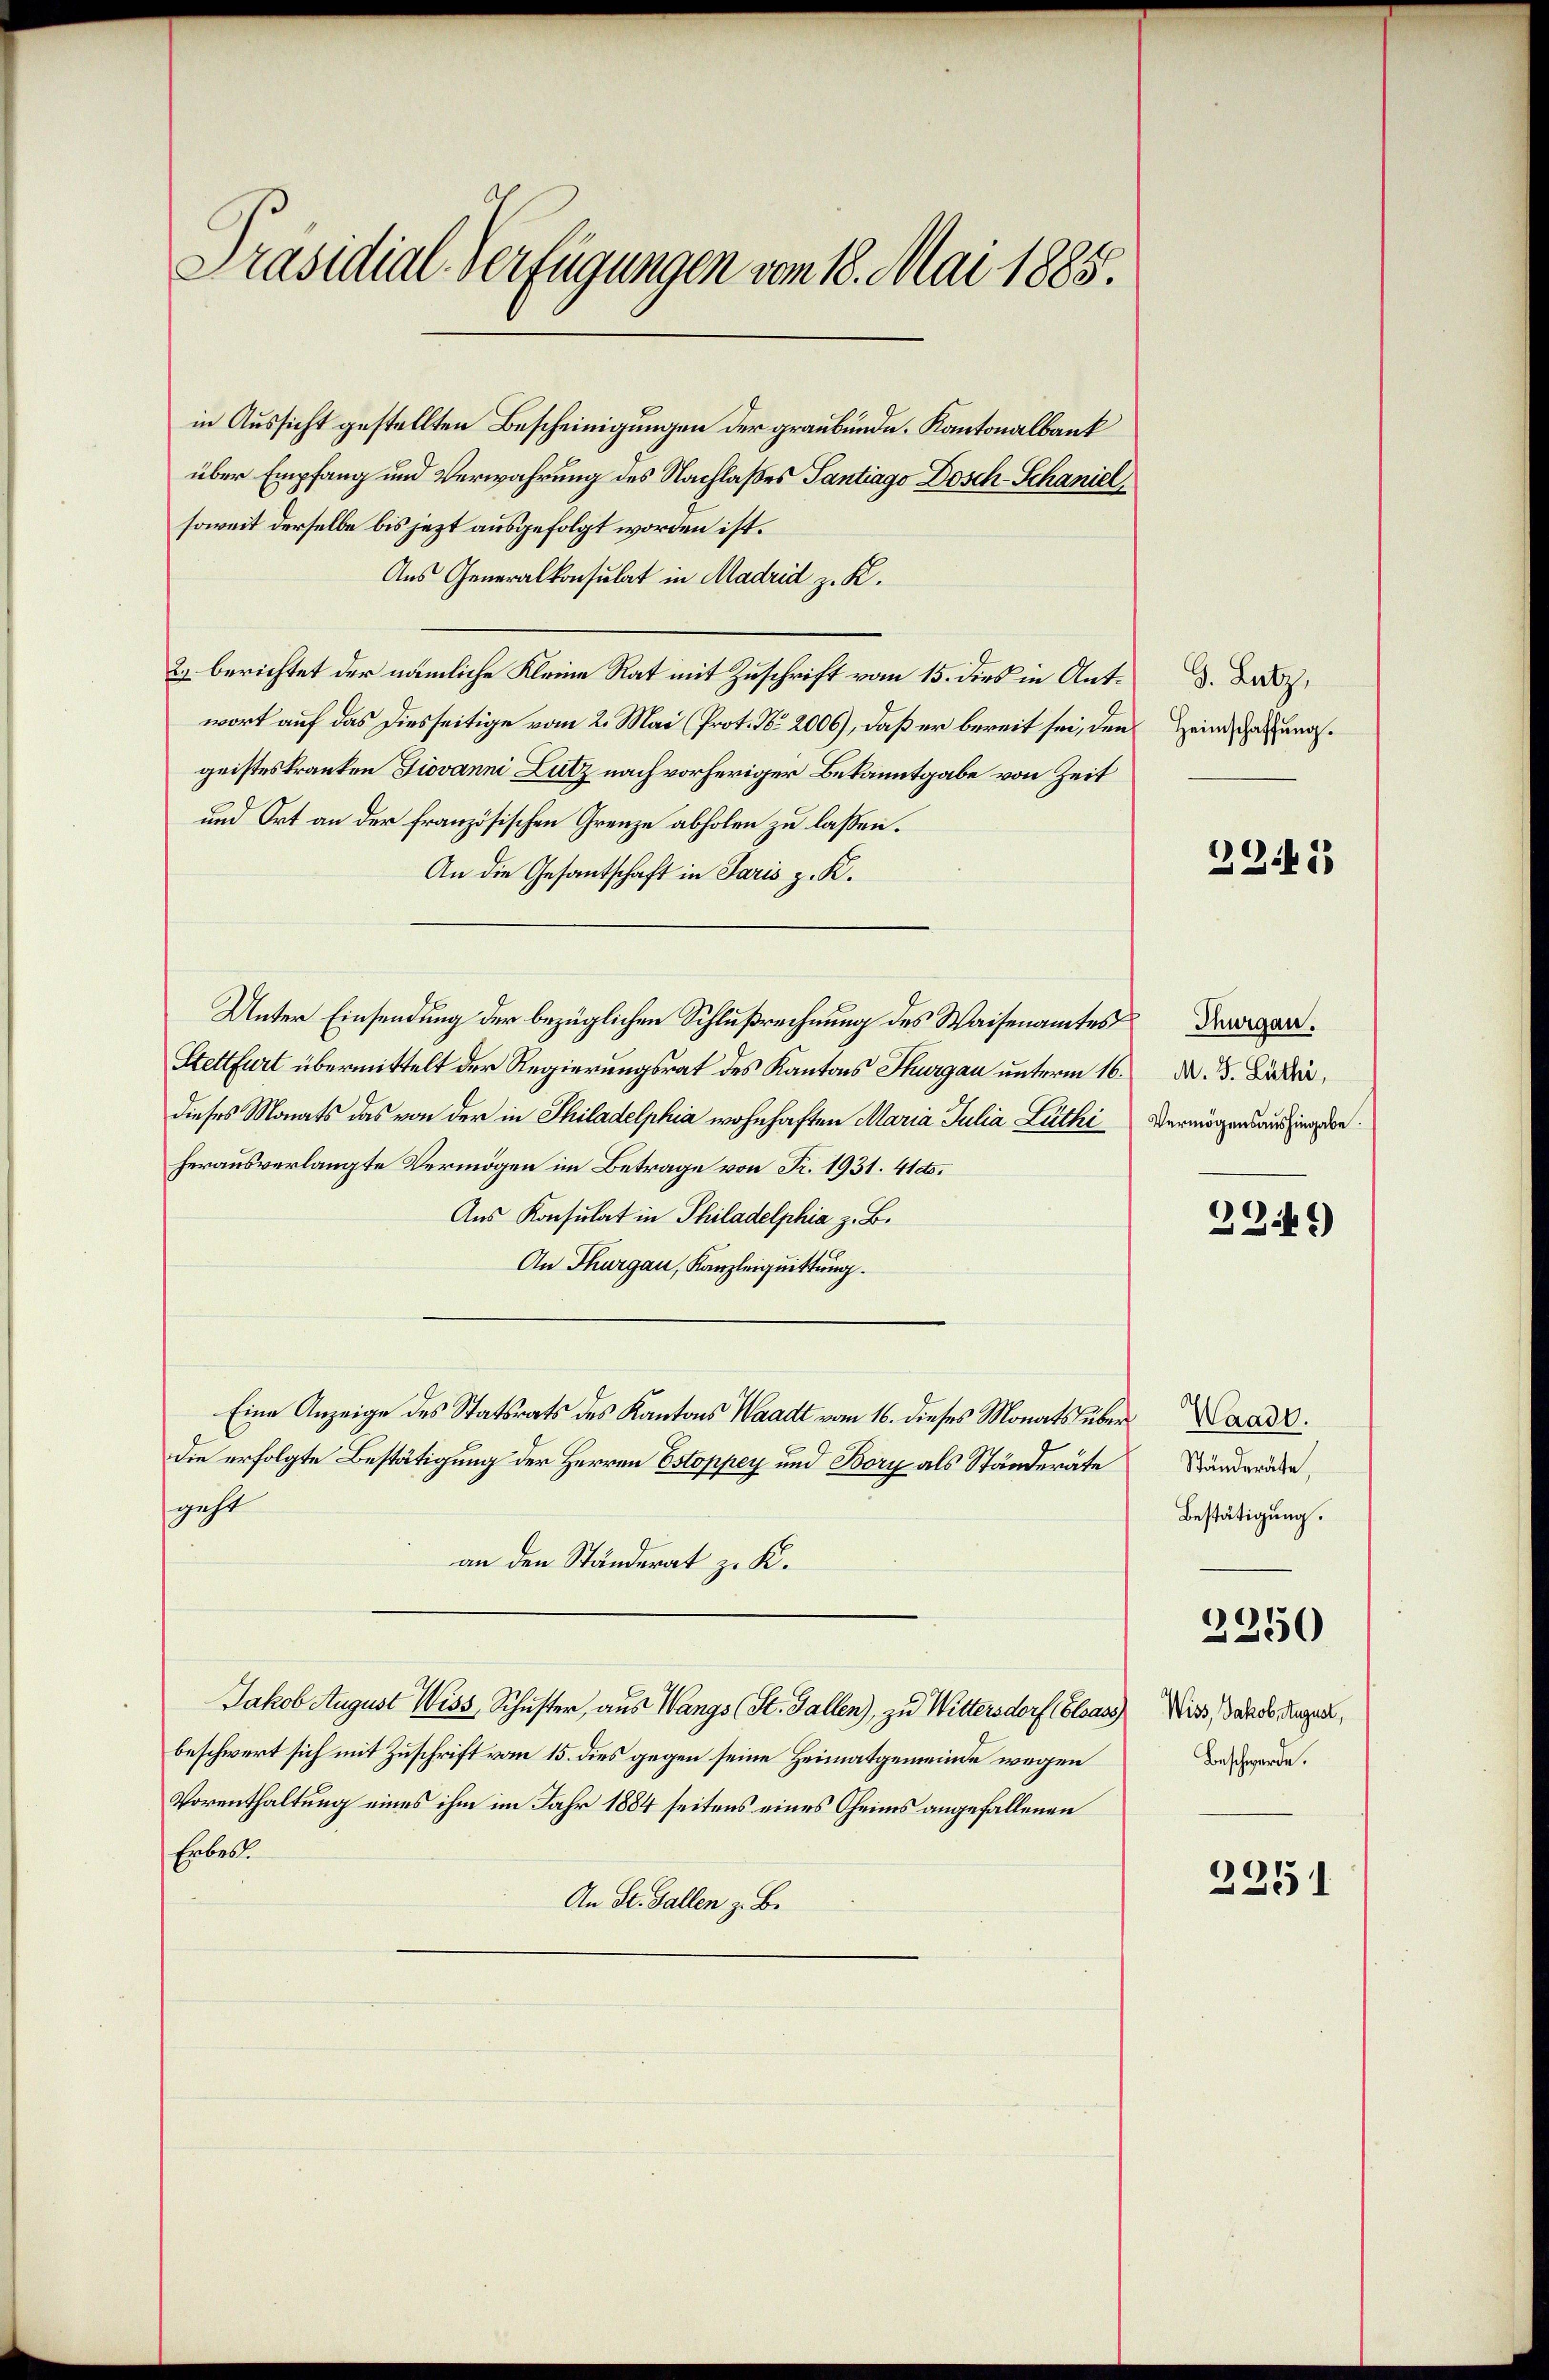
Präsidial-Verfügungen vom 18. Mai 1885.

in Aussicht gestellten Bescheinigungen der graubünde. Kantonalbank
über Empfang und Verwahrung des Nachlaßes Tantiago Dosch-Schaniel
soweit derselbe bis jezt ausgefolgt worden ist.
Aus Generalkonsulat in Madrid z. K.
2) berichtet der nämliche Kleine Rat mit Zuschrift vom 15. dies in Antwort auf das Diesseitige vom 2. Mai (Prot. No. 2006), daß er bereit sei, den
geisteskranken Giovanni Lutz nach vorheriger Bekanntgabe von Zeit
und Ort an der französischen Grenze abholen zu laßen.
An die Gesantschaft in Paris z. K.
Unter Einsendung der bezüglichen Schlußrechnung des Waisenamtes
Stettfurt übermittelt der Regierungsrat des Kantons Thurgau unterm 16.
dieses Monats das von der in Philadelphia wohnhaften Maria Julia Lüthi
herausverlangte Vermögen im Betrage von Fr. 1931. 41 dto.
Aus Konsulat in Philadelphia z. B.
An Thurgau, Kanzleiquittung.
Eine Anzeige des Statsrats des Kantons Waadt vom 16. dieses Monats über Cand.
die erfolgte Bestätigung der Herren Estoppey und Bory als Ständeräte
geht
an den Ständerat zu K.
Jakob August Wiss, Schuster, aus Wangs (St. Gallen), zu Wittersdorf (Elsass Wiss, Jakob Hungen,
beschwert sich mit Zuschrift vom 15. dies gegen seine Heimatgemeinde wegen
Vorenthaltung eines ihm im Jahr 1884 seitens eines Oheims angefallenen
Erbes
An St. Gallen z. B.

J. Latz,
Heimschaffung.

23.1

Thurgau.
M. J. Lüthi,
Vermögensaushingabe.

22149)

Ständeräte,
Bestätigung.

2250

Beschwerde.

2251